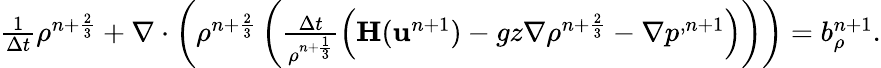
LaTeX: \begin{array}{r}{\frac{1}{\Delta t}{\rho}^{n+\frac{2}{3}}+\nabla\cdot\left({\rho}^{n+\frac{2}{3}}\left(\frac{\Delta t}{{\rho}^{n+\frac{1}{3}}}\left(\mathbf{H}(\mathbf u^{n+1})-gz\nabla{\rho}^{n+\frac{2}{3}}-\nabla p^{,n+1}\right)\right)\right)=b_{\rho}^{n+1}.}\end{array}